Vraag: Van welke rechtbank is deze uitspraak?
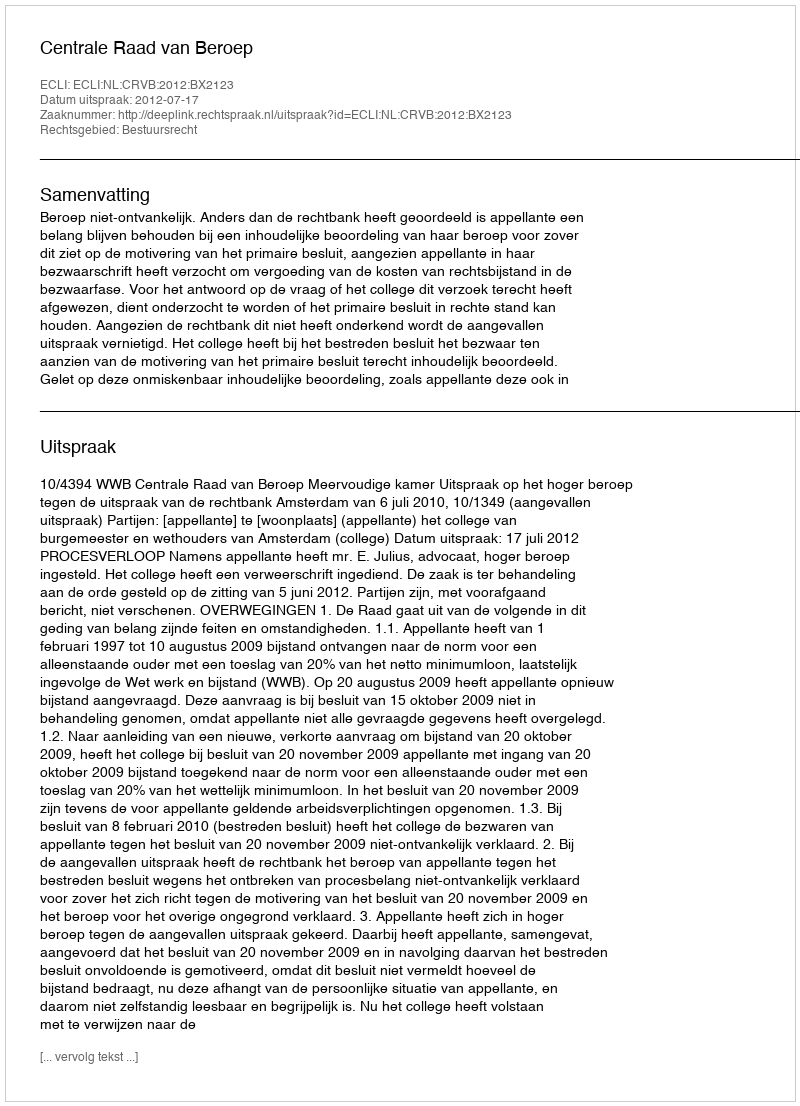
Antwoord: Centrale Raad van Beroep